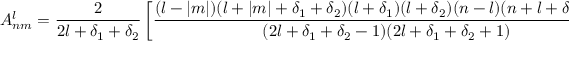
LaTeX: A _ { n m } ^ { l } = \frac { 2 } { 2 l + \delta _ { 1 } + \delta _ { 2 } } \left[ \frac { ( l - | m | ) ( l + | m | + \delta _ { 1 } + \delta _ { 2 } ) ( l + \delta _ { 1 } ) ( l + \delta _ { 2 } ) ( n - l ) ( n + l + \delta _ { 1 } + \delta _ { 2 } ) } { ( 2 l + \delta _ { 1 } + \delta _ { 2 } - 1 ) ( 2 l + \delta _ { 1 } + \delta _ { 2 } + 1 ) } \right] ^ { 1 / 2 } .